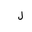
Letter: _lam